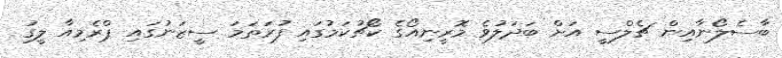
ބާސެލޯނާއިން ޗެލްސީ އަށް ބަދަލުވެ މޮރީނިއޯގެ ކޯޗުކަމުގައި ފުރަތަމަ ސީޒަނުގައި ޕްރެމިއާ ލީގު